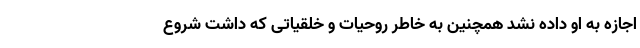
اجازه به او داده نشد همچنین به خاطر روحیات و خلقیاتی که داشت شروع